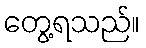
တွေ့ရသည်။